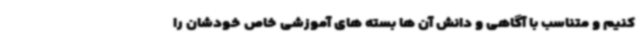
کنیم و متناسب با آگاهی و دانش آن ها بسته های آموزشی خاص خودشان را